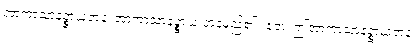
အာကာသာနဉ္စာယတနံ၊ အာကာသာနဉ္စာယ တနမည်၏။ ဧတံ၊ ဤအာကာသာနဉ္စာယတနံ